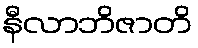
နီလာဘိဇာတိ